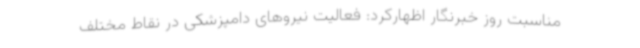
مناسبت روز خبرنگار اظهارکرد: فعالیت نیروهای دامپزشکی در نقاط مختلف